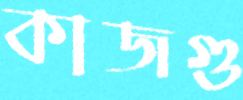
কাজগু